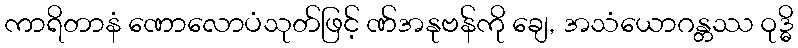
ကာရိတာနံ ဏောလောပံသုတ်ဖြင့် ဏ်အနုဗန်ကို ချေ, အသံယောဂန္တဿ ဝုဒ္ဓိ